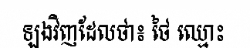
ឡងវិញដែលថា៖ ថៃ ឈ្មោះ